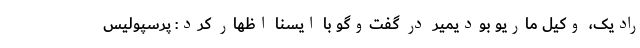
رادیک، وکیل ماریو بودیمیر در گفت‌وگو با ایسنا اظهار کرد: پرسپولیس